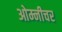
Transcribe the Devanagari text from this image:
ओम्नीचर